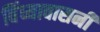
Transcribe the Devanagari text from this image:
विंध्यावासनी